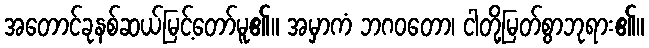
အတောင်ခုနစ်ဆယ်မြင့်တော်မူ၏။ အမှာကံ ဘဂဝတော၊ ငါတို့မြတ်စွာဘုရား၏။